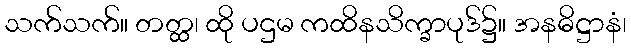
သက်သက်။ တတ္ထ၊ ထို ပဌမ ကထိနသိက္ခာပုဒ်၌။ အနဓိဋ္ဌာနံ၊